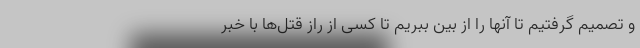
و تصمیم گرفتیم تا آنها را از بین ببریم تا کسی از راز قتل‌ها با خبر